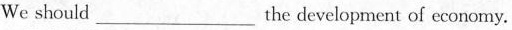
We should___the development of economy.